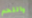
واللحم